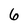
Character: 6